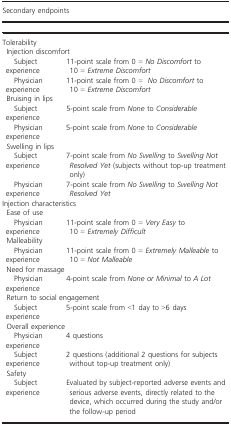
<table><thead><tr><td colspan="2"><b>Secondary endpoints</b></td></tr></thead><tbody><tr><td colspan="2">Tolerability</td></tr><tr><td colspan="2"> Injection discomfort</td></tr><tr><td>Subject experience</td><td>11-point scale from 0 = <i>No Discomfort</i> to 10 = <i>Extreme Discomfort</i></td></tr><tr><td>Physician experience</td><td>11-point scale from 0 = <i>No Discomfort</i> to 10 = <i>Extreme Discomfort</i></td></tr><tr><td colspan="2"> Bruising in lips</td></tr><tr><td>Subject experience</td><td>5-point scale from <i>None</i> to <i>Considerable</i></td></tr><tr><td>Physician experience</td><td>5-point scale from <i>None</i> to <i>Considerable</i></td></tr><tr><td colspan="2"> Swelling in lips</td></tr><tr><td>Subject experience</td><td>7-point scale from <i>No Swelling</i> to <i>Swelling Not Resolved Yet</i> (subjects without top-up treatment only)</td></tr><tr><td>Physician experience</td><td>7-point scale from <i>No Swelling</i> to <i>Swelling Not Resolved Yet</i></td></tr><tr><td colspan="2">Injection characteristics</td></tr><tr><td colspan="2"> Ease of use</td></tr><tr><td>Physician experience</td><td>11-point scale from 0 = <i>Very Easy</i> to 10 = <i>Extremely Difficult</i></td></tr><tr><td colspan="2"> Malleability</td></tr><tr><td>Physician experience</td><td>11-point scale from 0 = <i>Extremely Malleable</i> to 10 = <i>Not Malleable</i></td></tr><tr><td colspan="2"> Need for massage</td></tr><tr><td>Physician experience</td><td>4-point scale from <i>None or Minimal</i> to <i>A Lot</i></td></tr><tr><td colspan="2"> Return to social engagement</td></tr><tr><td>Subject experience</td><td>5-point scale from &lt;1 day to &gt;6 days</td></tr><tr><td colspan="2"> Overall experience</td></tr><tr><td>Physician experience</td><td>4 questions</td></tr><tr><td>Subject experience</td><td>2 questions (additional 2 questions for subjects without top-up treatment only)</td></tr><tr><td colspan="2"> Safety</td></tr><tr><td>Subject experience</td><td>Evaluated by subject-reported adverse events and serious adverse events, directly related to the device, which occurred during the study and/or the follow-up period</td></tr></tbody></table>